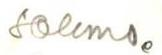
solems.